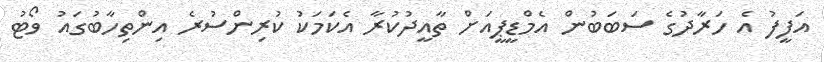
އަފީފު އެ ހަރާދުގެ ސަބަބުން އެމްޑީޕީއަށް ތާއީދުކުރާ އެކަމަކު ކުރިންސުރެ އިންތިހާބުގައު ވޯޓު